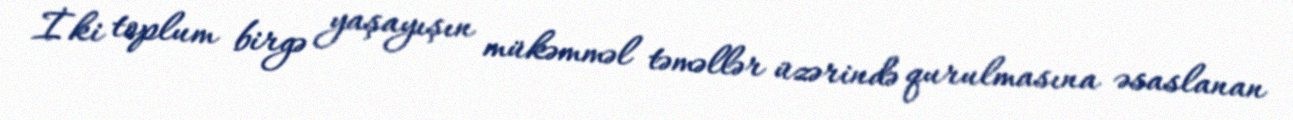
İki toplum birgə yaşayışın mükəmməl təməllər üzərində qurulmasına əsaslanan